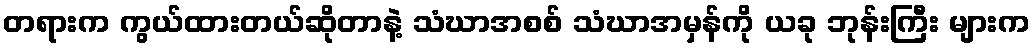
တရားက ကွယ်ထားတယ်ဆိုတာနဲ့ သံဃာအစစ် သံဃာအမှန်ကို ယခု ဘုန်းကြီး များက